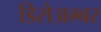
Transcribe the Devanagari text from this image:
डिसेअम्बर